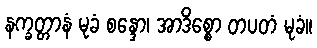
နက္ခတ္တာနံ မုခံ စန္ဒော၊ အာဒိစ္စော တပတံ မုခံ။